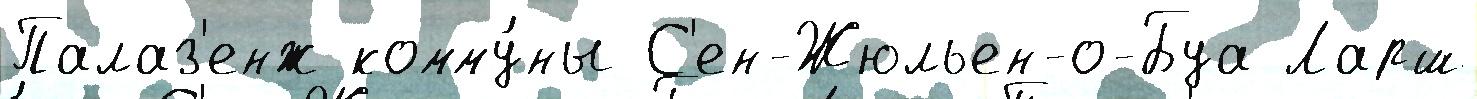
Палаз'енж комму́ны С'ен-Жюльен-о-Буа Ларш